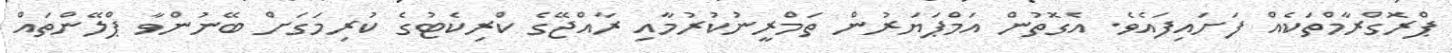
ޕްރޮގްރާމްތަކެއް ފަށައިފައެވެ. އެގޮތުން އަމްޕަޔަރުން ތަމްރީނުކުރުމާއި ރާއްޖޭގެ ކްރިކެޓުގެ ކުރިމަގަށް ބޭނުންވާ ޕްލޭންތައް